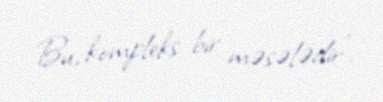
Bu, kompleks bir məsələdir”.